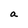
Character: a